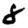
Digit: 8